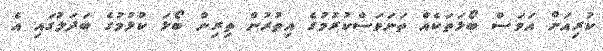
ކުރިއަށް އަވަސް ބޯޅަތަކެއް ތަނަވަސްކުރުމުގެ އިތުރުން ތިރިން ބޯޅަ ކުޅުމުގެ ބަދަލުގައި އެ